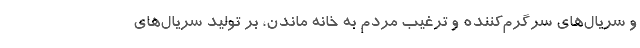
و سریال‌های سرگرم‌کننده و ترغیب مردم به خانه ماندن، بر تولید سریال‌های